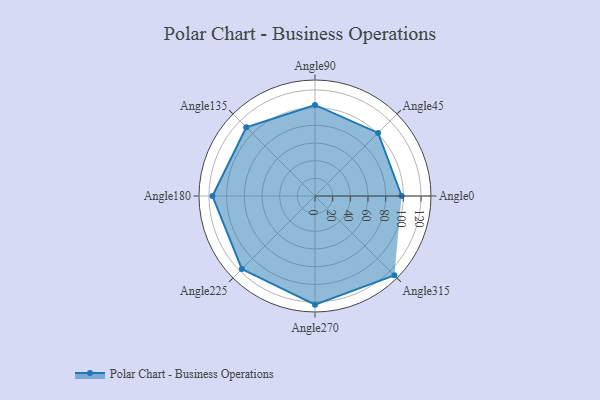
{"axis": {"x": "Angle", "y": "Radius"}, "legend": [""], "data": [{"x": "Angle0", "y": 98.0, "type": ""}, {"x": "Angle45", "y": 101.0, "type": ""}, {"x": "Angle90", "y": 103.0, "type": ""}, {"x": "Angle135", "y": 110.0, "type": ""}, {"x": "Angle180", "y": 116.0, "type": ""}, {"x": "Angle225", "y": 117.0, "type": ""}, {"x": "Angle270", "y": 123.0, "type": ""}, {"x": "Angle315", "y": 127.0, "type": ""}]}